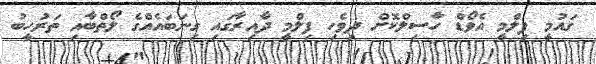
ގައުމީ ފިލްމީ އެވޯޑް ހާސިލްކޮށް ދިވެހި ފިލްމީ ދާއިރާގައި ގިނަބައެއްގެ ލޯތްބާއި ތަރުހީބު